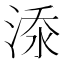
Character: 𣷹